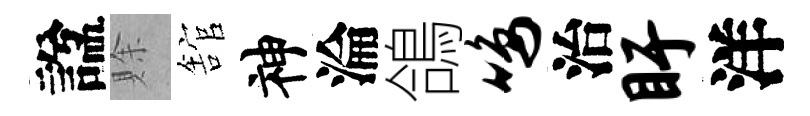
諡賖舘神淪鴿鸣治盱洋